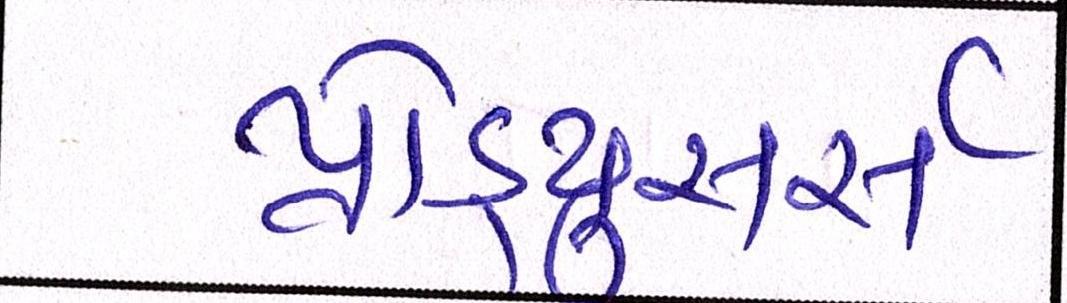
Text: પ્રોડ્યુસર્સ